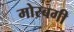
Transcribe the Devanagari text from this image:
मोरबगी